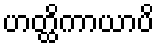
ဟတ္ထိကာယာပိ